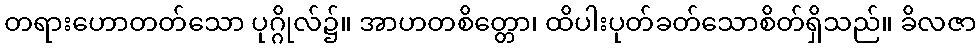
တရားဟောတတ်သော ပုဂ္ဂိုလ်၌။ အာဟတစိတ္တော၊ ထိပါးပုတ်ခတ်သောစိတ်ရှိသည်။ ခိလဇာ